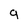
Character: g